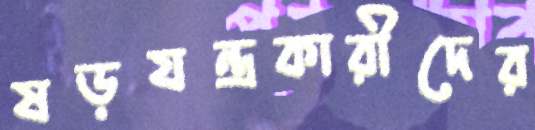
ষড়যন্ত্রকারীদের